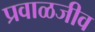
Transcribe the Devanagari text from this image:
प्रवाळजीव